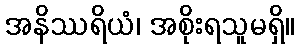
အနိဿရိယံ၊ အစိုးရသူမရှိ။